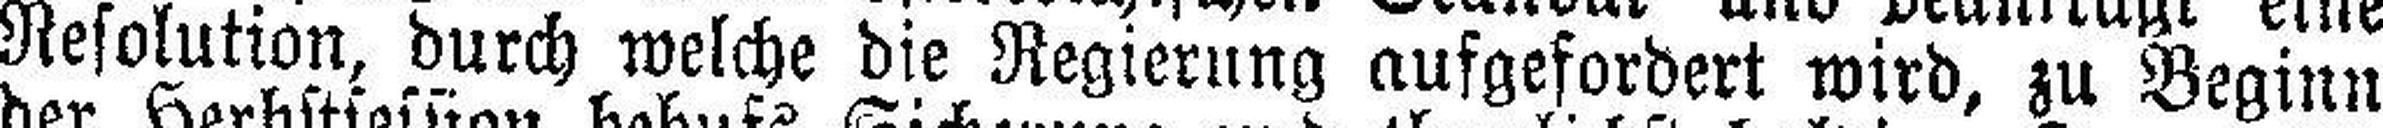
Resolution, durch welche die Regierung aufgefordert wird, zu Beginn